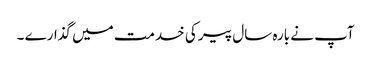
آپ نے بارہ سال پیر کی خدمت میں گذارے ۔